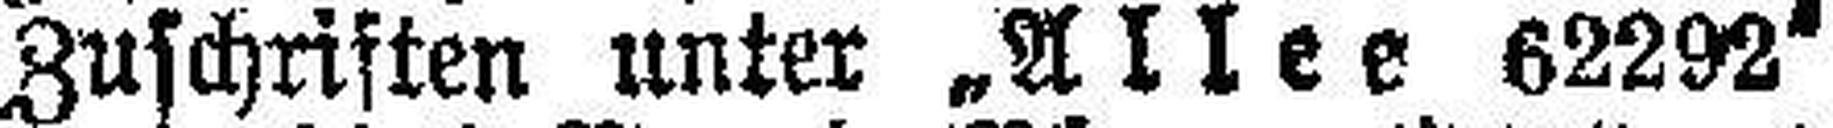
Zuschriften unter „Allee 62292“